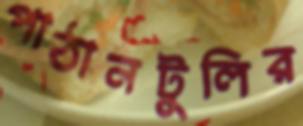
পাঠানটুলির